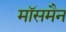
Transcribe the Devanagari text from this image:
मॉसमैन